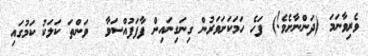
ވެރިވާނަމަ (ދަންނާށެވެ!) ފަހެ ހަމަކަށަވަަރުން ގިނަގިނައިން ފާފަފުއްސަވާ  ވަންތަ ކަލަކު ކަމުގައި